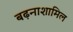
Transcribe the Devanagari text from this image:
बढ़नाशामिल